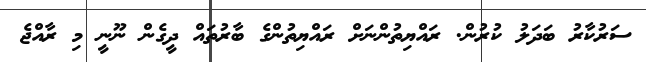
ސަރުކާރު ބަދަލު ކުރުން. ރައްޔިތުންނަށް ރައްޔިތުންގެ ބާރުތައް ދީގެން ނޫނީ މި ރާއްޖެ